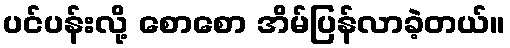
ပင်ပန်းလို့ စောစော အိမ်ပြန်လာခဲ့တယ်။